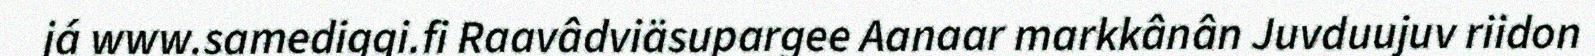
já www.samediggi.fi Raavâdviäsupargee Aanaar markkânân Juvduujuv riidon